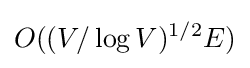
O((V/\log V)^{1/2}E)